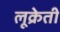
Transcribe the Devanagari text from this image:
लूक्रेती